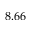
8 . 6 6